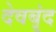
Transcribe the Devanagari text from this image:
देवबृंद